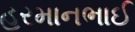
હરમાનભાઈ